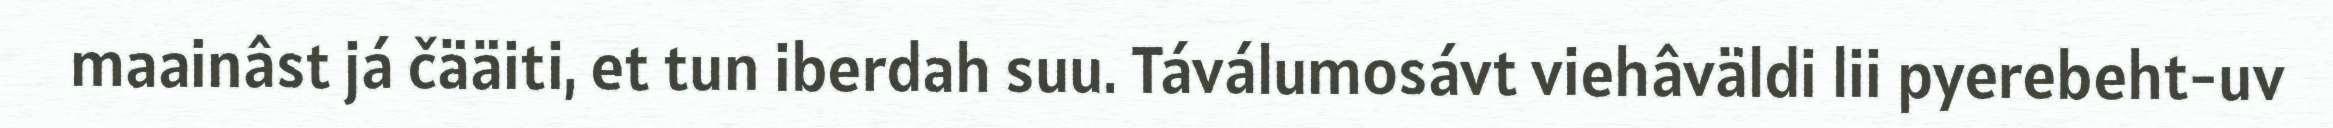
maainâst já čääiti, et tun iberdah suu. Táválumosávt viehâväldi lii pyerebeht-uv